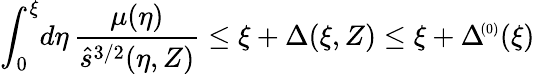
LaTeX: \int_{0}^{\xi}\! d\eta\, \frac{\mu(\eta)}{\hat{s}^{3/2}(\eta,Z)}\le\xi+\Delta(\xi,Z)\le\xi+\Delta\! ^{{\scriptscriptstyle(0)}}(\xi)